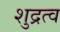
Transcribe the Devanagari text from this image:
शुद्रत्व